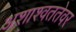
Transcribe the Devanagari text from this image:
अशाश्वततेवर